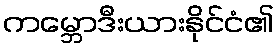
ကမ္ဘောဒီးယားနိုင်ငံ၏